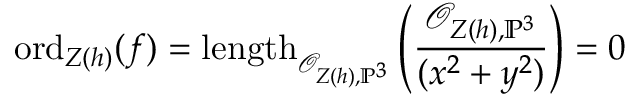
{ \mathrm { o r d } } _ { Z ( h ) } ( f ) = { \mathrm { l e n g t h } } _ { { \mathcal { O } } _ { Z ( h ) , \mathbb { P } ^ { 3 } } } \left( { \frac { { \mathcal { O } } _ { Z ( h ) , \mathbb { P } ^ { 3 } } } { ( x ^ { 2 } + y ^ { 2 } ) } } \right) = 0